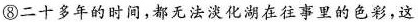
⑧二十多年的时间，都无法淡化湖在往事里的色彩，这